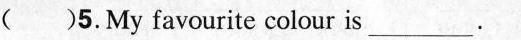
()5.Myfavourite colour is\underline.